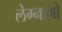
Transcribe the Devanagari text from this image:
लेग्नागो